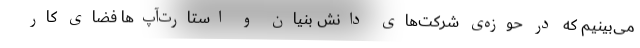
می‌بینیم که در حوزه‌ی شرکت‌های دانش بنیان و استارت‌آپ‌ها فضای کار